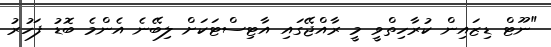
"ނޫޓް ޑިޒައިން ކުރާހިތްވީ މީ ރާއްޖޭގައި އާޓިސްޓަކަށް ލިބޭނެ އެންމެ ބޮޑު ފަހުރު